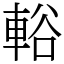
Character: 輍